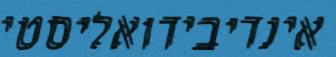
אינדיבידואליסטי